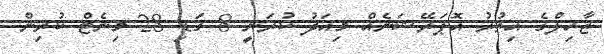
ޒާހިލްގެ އިތުރު އޮޕަރޭޝަނެއް މިއަދު ކުރަނީ 8 ގަޑި 28 މިނެޓް ކުރިން.